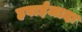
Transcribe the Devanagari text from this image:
हवाईजादा